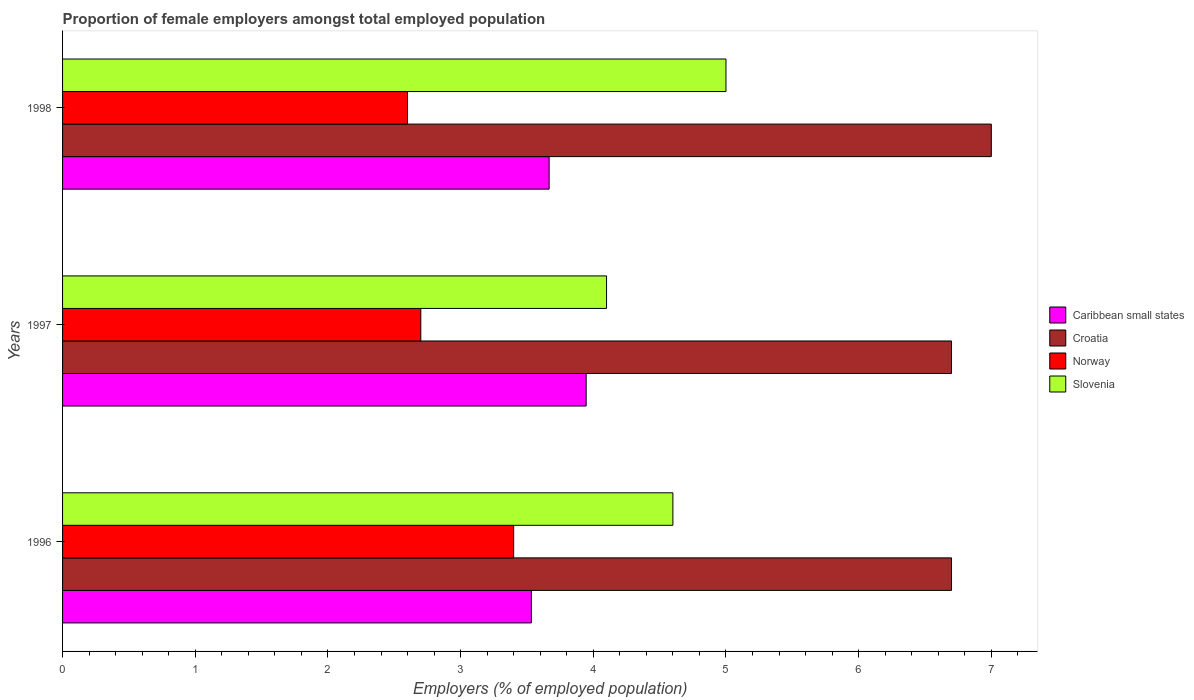
| Years | Caribbean small states | Croatia | Norway | Slovenia |
 | --- | --- | --- | --- | --- |
 | 1996 | 3.53 | 6.7 | 3.4 | 4.6 |
 | 1997 | 3.95 | 6.7 | 2.7 | 4.1 |
 | 1998 | 3.67 | 7 | 2.6 | 5 |